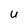
Character: U